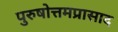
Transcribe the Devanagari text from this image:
पुरुषोत्तमप्रासाद